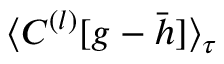
\langle C ^ { ( l ) } [ g - \bar { h } ] \rangle _ { \tau }